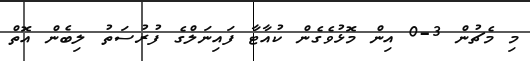
މި މެޗުން 3-0 އިން މޮޅުވެގެން ކުއާޓާ ފައިނަލްގެ ފުރުސަތު ލިބެން އޮތް